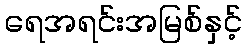
ရေအရင်းအမြစ်နှင့်